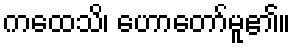
ကထေသိ၊ ဟောတော်မူ၏။